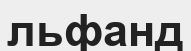
льфанд